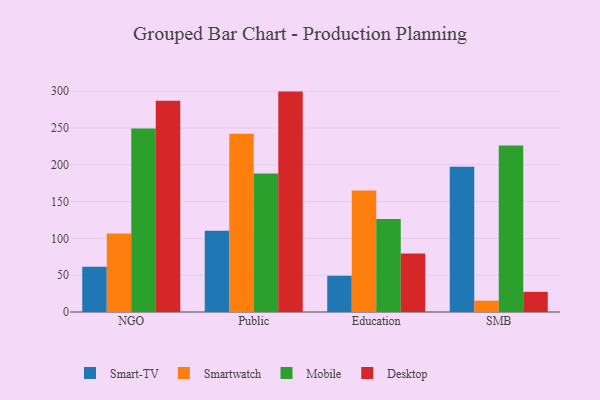
{"axis": {"x": "Segment", "y": "Conversion Rate (%)"}, "legend": ["Desktop", "Mobile", "Smart-TV", "Smartwatch"], "data": [{"x": "NGO", "y": 61.5, "type": "Smart-TV"}, {"x": "NGO", "y": 106.6, "type": "Smartwatch"}, {"x": "NGO", "y": 249.4, "type": "Mobile"}, {"x": "NGO", "y": 286.9, "type": "Desktop"}, {"x": "Public", "y": 110.3, "type": "Smart-TV"}, {"x": "Public", "y": 242.2, "type": "Smartwatch"}, {"x": "Public", "y": 188.3, "type": "Mobile"}, {"x": "Public", "y": 299.5, "type": "Desktop"}, {"x": "Education", "y": 49.4, "type": "Smart-TV"}, {"x": "Education", "y": 165.2, "type": "Smartwatch"}, {"x": "Education", "y": 126.5, "type": "Mobile"}, {"x": "Education", "y": 79.5, "type": "Desktop"}, {"x": "SMB", "y": 197.5, "type": "Smart-TV"}, {"x": "SMB", "y": 15.4, "type": "Smartwatch"}, {"x": "SMB", "y": 226.2, "type": "Mobile"}, {"x": "SMB", "y": 27.4, "type": "Desktop"}]}